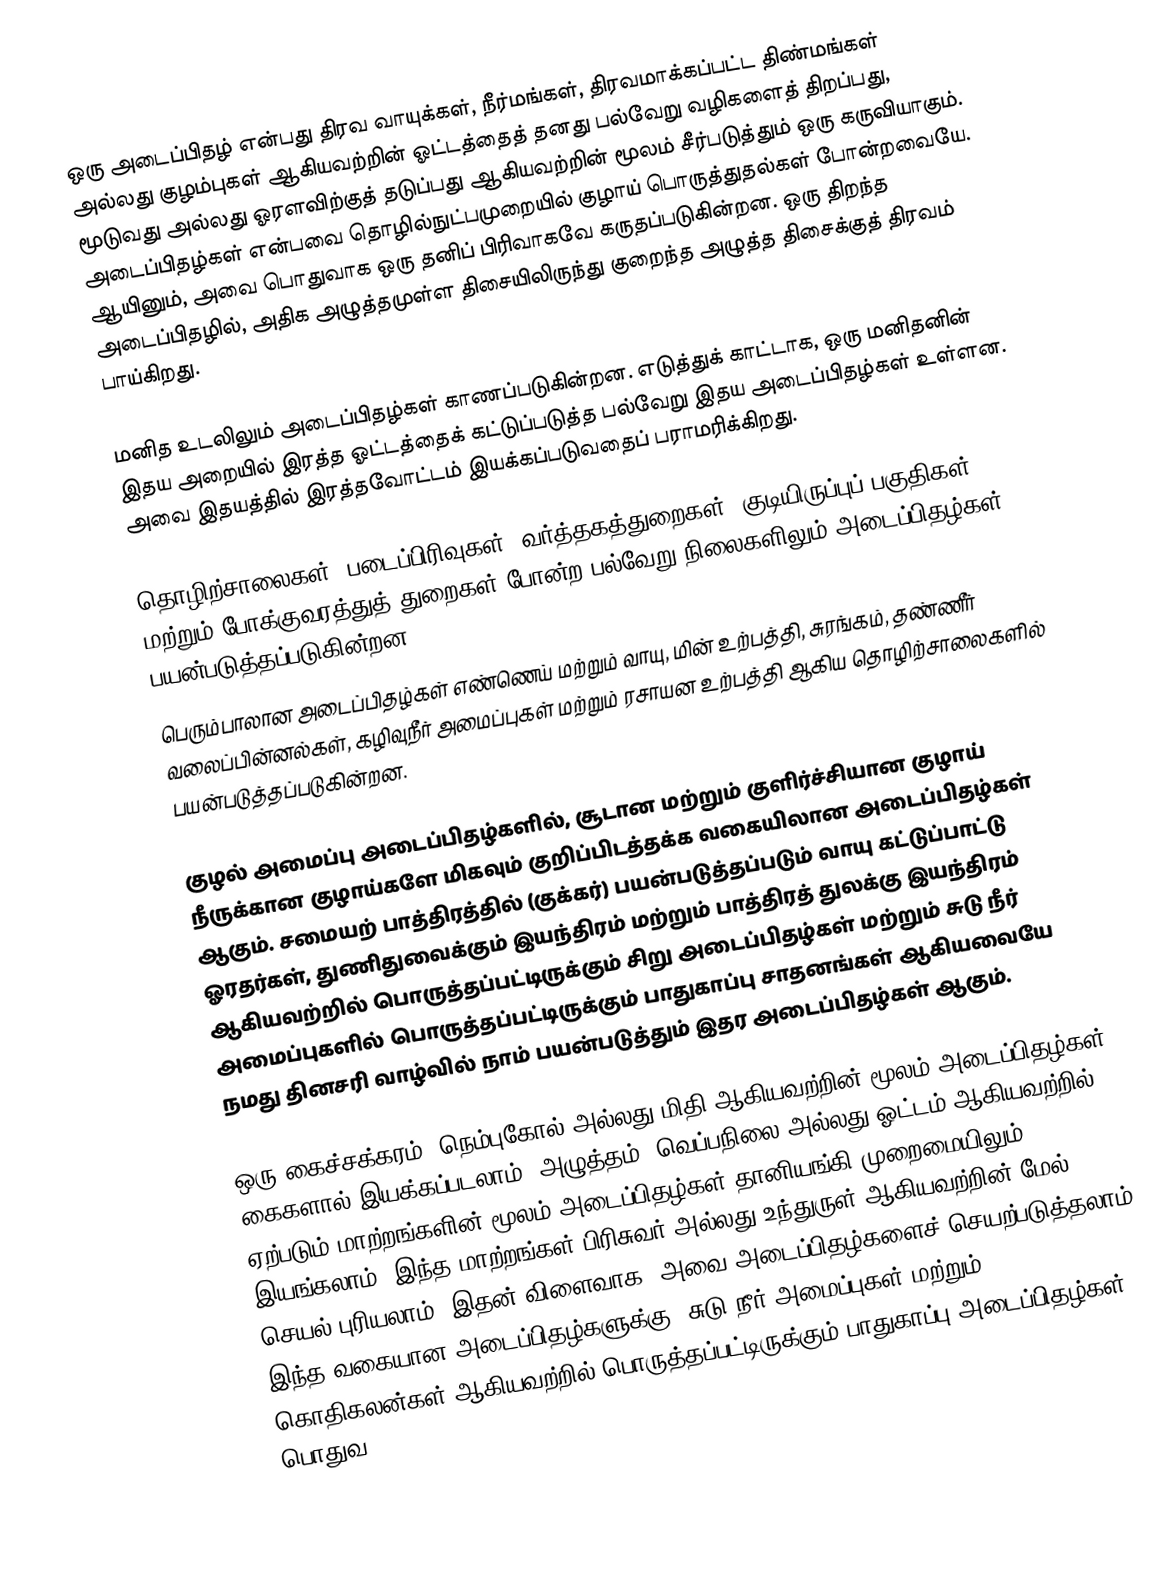
ஒரு அடைப்பிதழ் என்பது திரவ வாயுக்கள், நீர்மங்கள், திரவமாக்கப்பட்ட திண்மங்கள் அல்லது குழம்புகள் ஆகியவற்றின் ஓட்டத்தைத் தனது பல்வேறு வழிகளைத் திறப்பது, மூடுவது அல்லது ஓரளவிற்குத் தடுப்பது ஆகியவற்றின் மூலம் சீர்படுத்தும் ஒரு கருவியாகும். அடைப்பிதழ்கள் என்பவை தொழில்நுட்பமுறையில் குழாய் பொருத்துதல்கள் போன்றவையே. ஆயினும், அவை பொதுவாக ஒரு தனிப் பிரிவாகவே கருதப்படுகின்றன. ஒரு திறந்த அடைப்பிதழில், அதிக அழுத்தமுள்ள திசையிலிருந்து குறைந்த அழுத்த திசைக்குத் திரவம் பாய்கிறது.

மனித உடலிலும் அடைப்பிதழ்கள் காணப்படுகின்றன. எடுத்துக் காட்டாக, ஒரு மனிதனின் இதய அறையில் இரத்த ஓட்டத்தைக் கட்டுப்படுத்த பல்வேறு இதய அடைப்பிதழ்கள் உள்ளன. அவை இதயத்தில் இரத்தவோட்டம் இயக்கப்படுவதைப் பராமரிக்கிறது.

தொழிற்சாலைகள், படைப்பிரிவுகள், வர்த்தகத்துறைகள், குடியிருப்புப் பகுதிகள் மற்றும் போக்குவரத்துத் துறைகள் போன்ற பல்வேறு நிலைகளிலும் அடைப்பிதழ்கள் பயன்படுத்தப்படுகின்றன.
பெரும்பாலான அடைப்பிதழ்கள் எண்ணெய் மற்றும் வாயு, மின் உற்பத்தி, சுரங்கம், தண்ணீர் வலைப்பின்னல்கள், கழிவுநீர் அமைப்புகள் மற்றும் ரசாயன உற்பத்தி ஆகிய தொழிற்சாலைகளில் பயன்படுத்தப்படுகின்றன.

குழல் அமைப்பு அடைப்பிதழ்களில், சூடான மற்றும் குளிர்ச்சியான குழாய் நீருக்கான குழாய்களே மிகவும் குறிப்பிடத்தக்க வகையிலான அடைப்பிதழ்கள் ஆகும். சமையற் பாத்திரத்தில் (குக்கர்) பயன்படுத்தப்படும் வாயு கட்டுப்பாட்டு ஓரதர்கள், துணிதுவைக்கும் இயந்திரம் மற்றும் பாத்திரத் துலக்கு இயந்திரம் ஆகியவற்றில் பொருத்தப்பட்டிருக்கும் சிறு அடைப்பிதழ்கள் மற்றும் சுடு நீர் அமைப்புகளில் பொருத்தப்பட்டிருக்கும் பாதுகாப்பு சாதனங்கள் ஆகியவையே நமது தினசரி வாழ்வில் நாம் பயன்படுத்தும் இதர அடைப்பிதழ்கள் ஆகும்.

ஒரு கைச்சக்கரம், நெம்புகோல் அல்லது மிதி ஆகியவற்றின் மூலம் அடைப்பிதழ்கள் கைகளால் இயக்கப்படலாம். அழுத்தம், வெப்பநிலை அல்லது ஓட்டம் ஆகியவற்றில் ஏற்படும் மாற்றங்களின் மூலம் அடைப்பிதழ்கள் தானியங்கி முறைமையிலும் இயங்கலாம். இந்த மாற்றங்கள் பிரிசுவர் அல்லது உந்துருள் ஆகியவற்றின் மேல் செயல் புரியலாம். இதன் விளைவாக, அவை அடைப்பிதழ்களைச் செயற்படுத்தலாம். இந்த வகையான அடைப்பிதழ்களுக்கு, சுடு நீர் அமைப்புகள் மற்றும் கொதிகலன்கள் ஆகியவற்றில் பொருத்தப்பட்டிருக்கும் பாதுகாப்பு அடைப்பிதழ்கள் பொதுவ